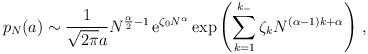
LaTeX: \begin{align*}p_N(a)\sim\frac{1}{\sqrt{2\pi}a} N^{\frac{\alpha}{2}-1} \,{\rm e}^{\zeta_0 N^\alpha} \exp\left(\sum_{k=1}^{k_-} \zeta_k N^{(\alpha-1)k+\alpha} \right)\,,\end{align*}